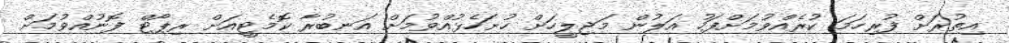
އިތުރަށް ފުރިހަމަ ކުރެއްވުމަށްފަހު އަލުން މަޖިލީހަށް ހުށަހެޅުއްވުމަށް އަނބުރާ ކޮމެޓީއަށް ރިޕޯޓް ފޮނުއްވުމަށް